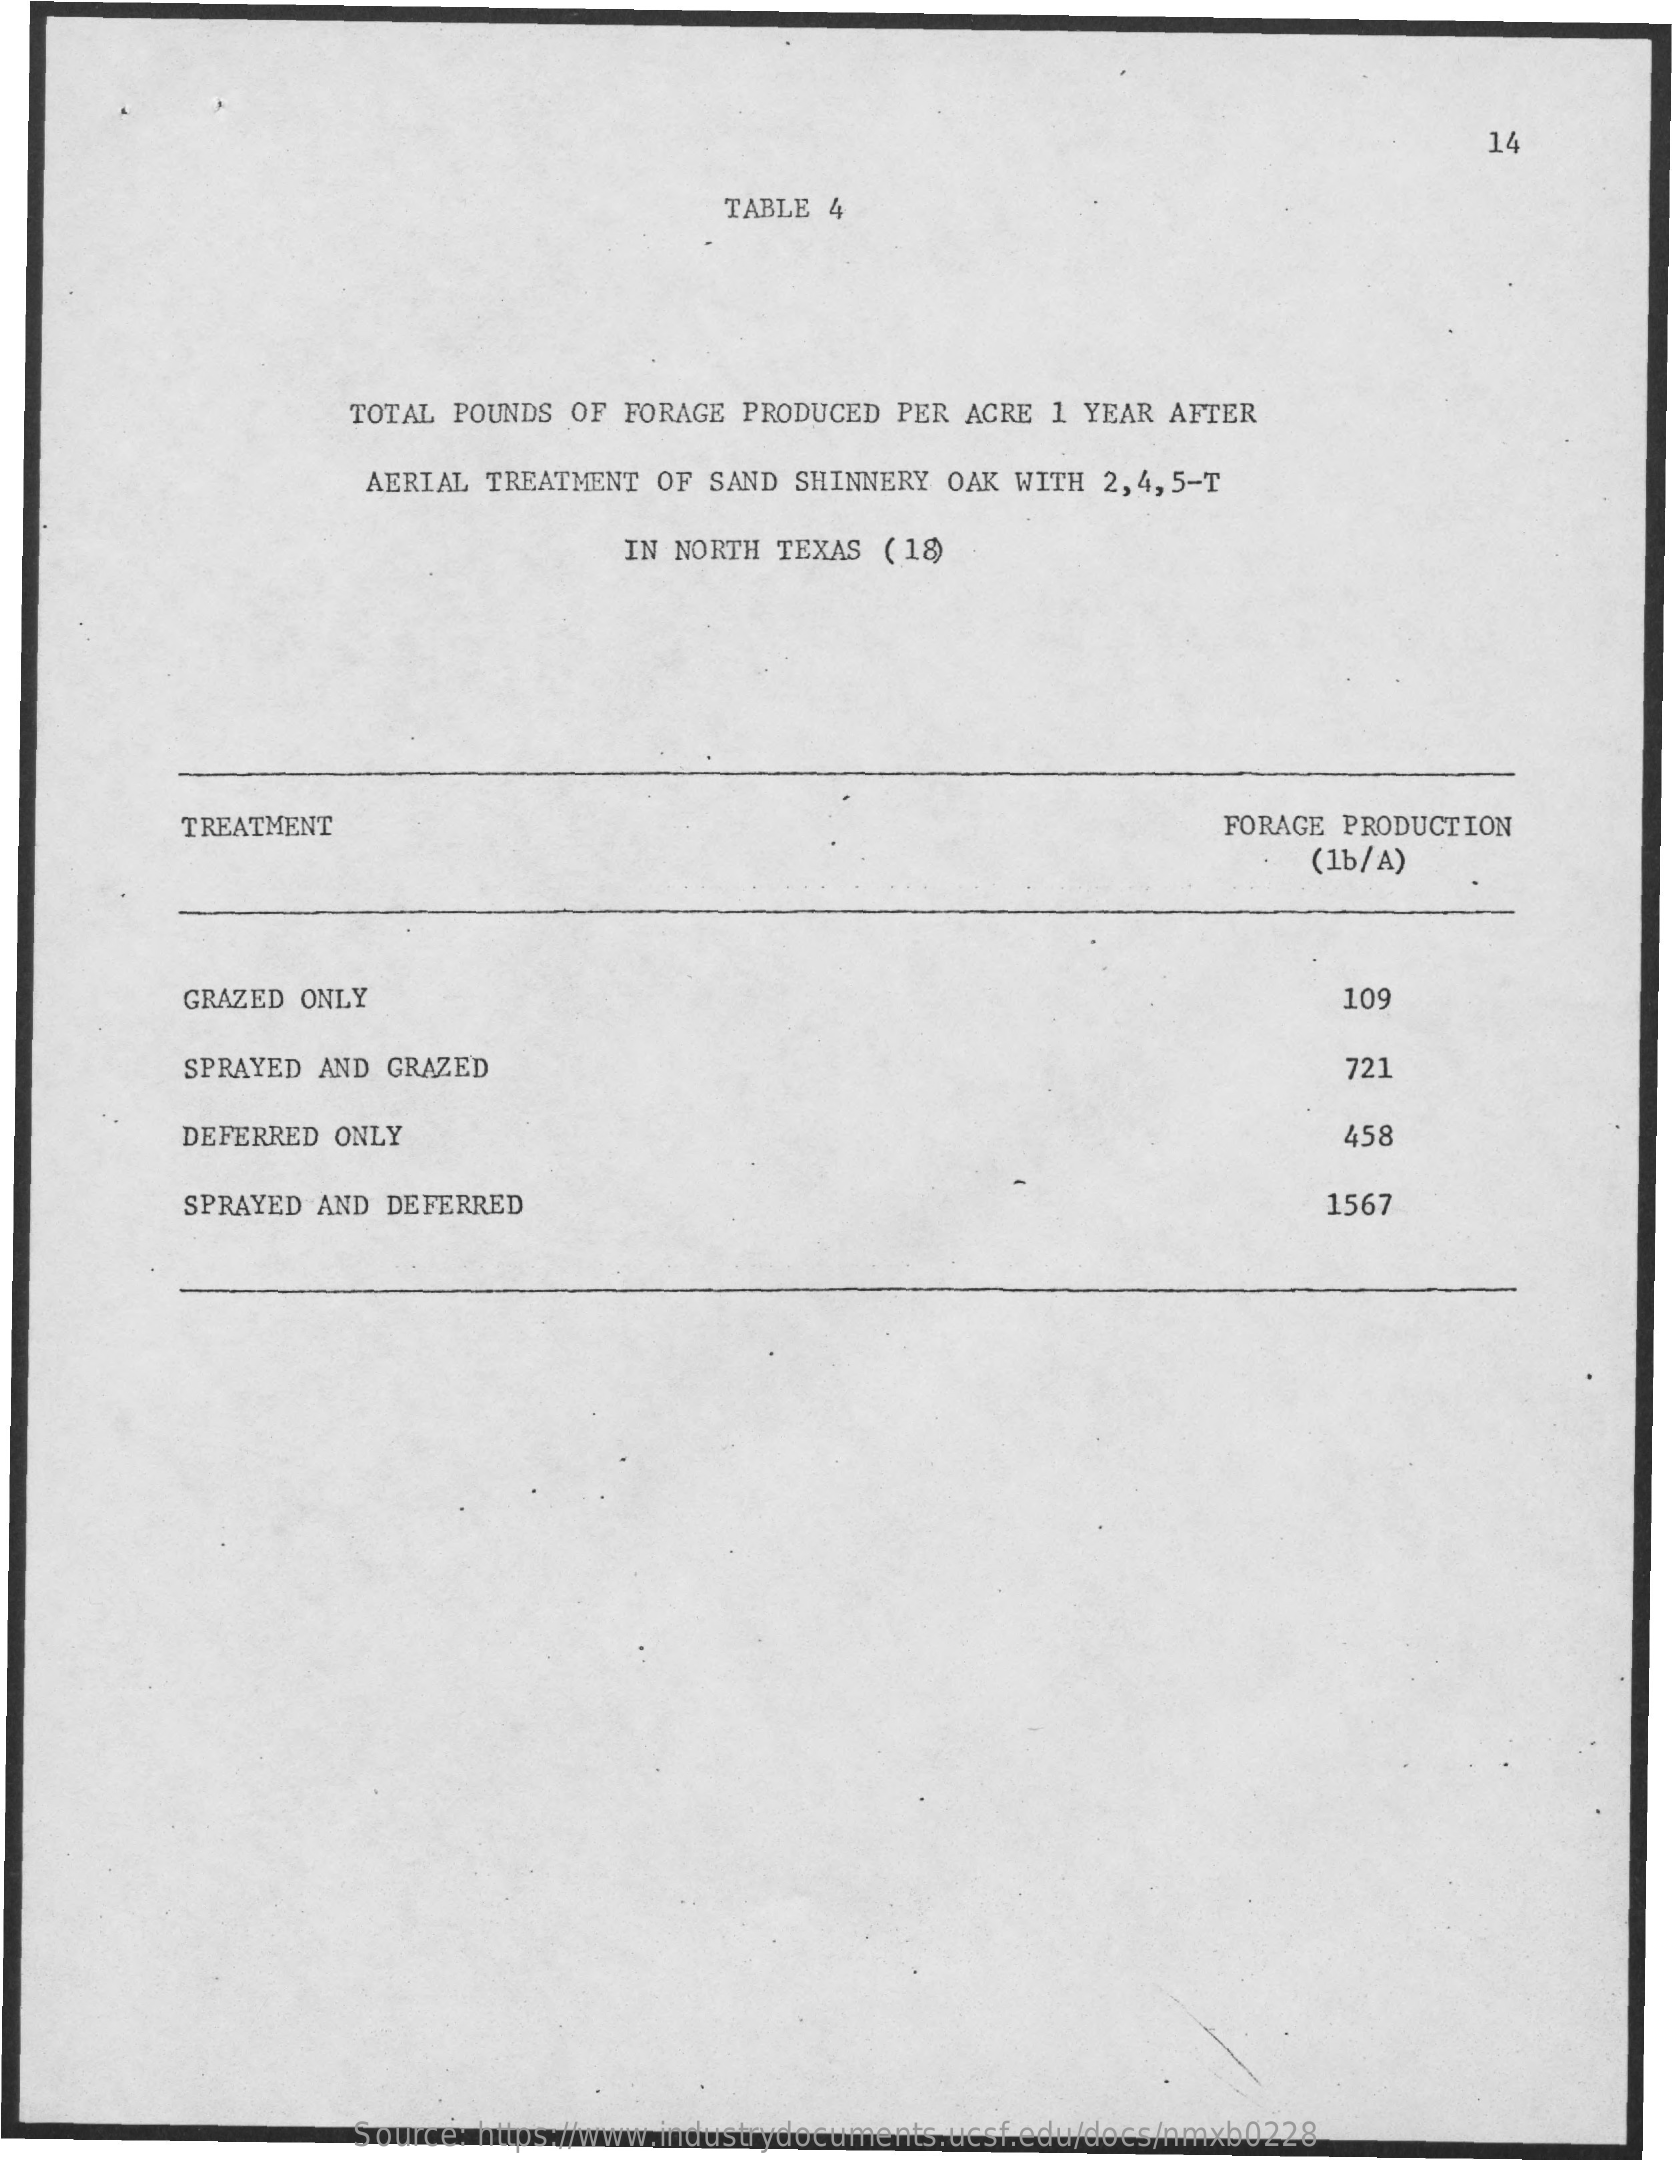
14
     TABLE 4
     TOTAL POUNDS OF FORAGE PRODUCED  PER ACRE 1  YEAR AFTER
     AERIAL TREATMENT OF SAND  SHINNERY OAK WITH  2,4,5-T
     IN NORTH  TEXAS ( 18)
     TREATMENT    FORAGE PRODUCTION
     (1b/A)
     GRAZED ONLY    109
     SPRAYED AND GRAZED    721
     DEFERRED ONLY    458
     SPRAYED AND DEFERRED    1567
     Source: https://www.industrydocuments.ucsf.edu/docs/nmxb0228